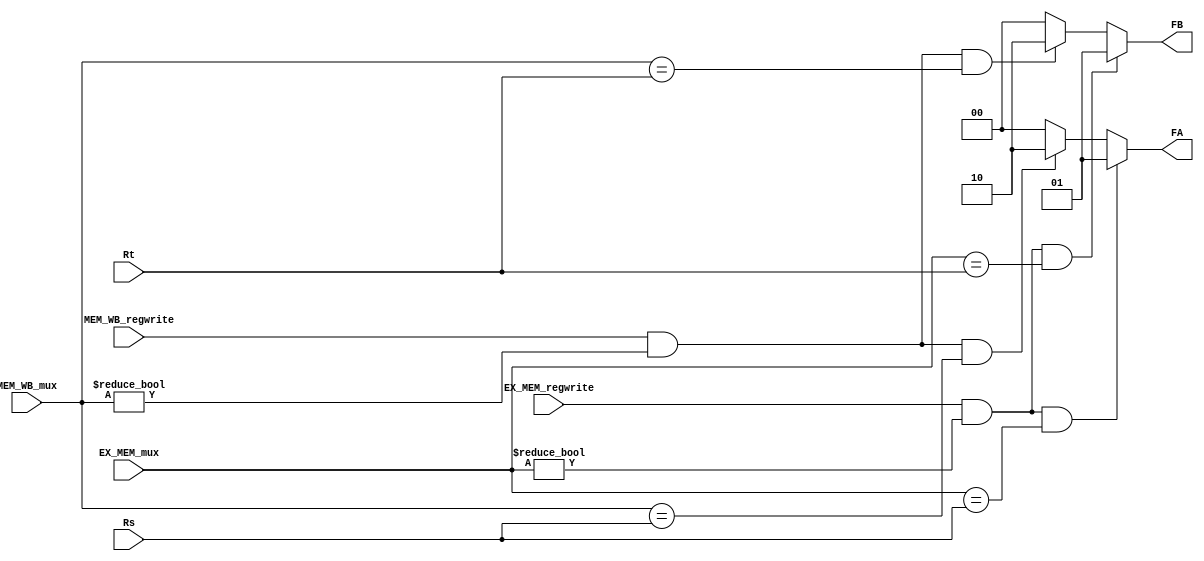
module forwarding(Rs,Rt,EX_MEM_regwrite,MEM_WB_regwrite,EX_MEM_mux,MEM_WB_mux,FA,FB);
     
//I/O ports
input	[4:0] Rs,Rt;
input EX_MEM_regwrite,MEM_WB_regwrite;
input [4:0] EX_MEM_mux,MEM_WB_mux;
output wire [1:0] FA,FB;
 
//Internal Signals
	
	assign FA=(EX_MEM_regwrite&&(EX_MEM_mux!=0)&&(EX_MEM_mux==Rs))?2'b01:
					(MEM_WB_regwrite&&(MEM_WB_mux!=0)&&(MEM_WB_mux==Rs))?2'b10:2'b00;
	
	
	assign FB=(EX_MEM_regwrite&&(EX_MEM_mux!=0)&&(EX_MEM_mux==Rt))?2'b01:
					(MEM_WB_regwrite&&(MEM_WB_mux!=0)&&(MEM_WB_mux==Rt))?2'b10:2'b00;


endmodule